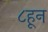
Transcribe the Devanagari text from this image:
८हून